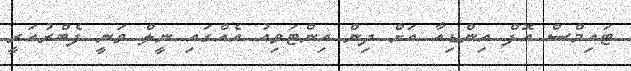
ޓައިމްސް އޮފް އިންޑިއާ އަށް ދިން އިންޓަވިއު އެއްގައި ނީލް ވަނީ ފެބްރުއަރީ